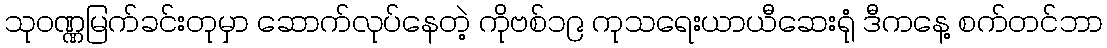
သုဝဏ္ဏမြက်ခင်းတုမှာ ဆောက်လုပ်နေတဲ့ ကိုဗစ်၁၉ ကုသရေးယာယီဆေးရုံ ဒီကနေ့ စက်တင်ဘာ